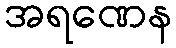
အရဏေန